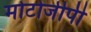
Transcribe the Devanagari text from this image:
मोटोजीपी